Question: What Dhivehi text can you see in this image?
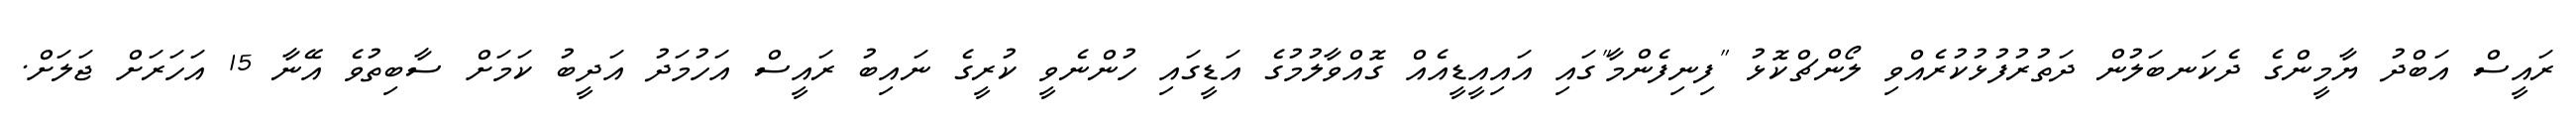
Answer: ރައީސް އަބްދު ޔާމީންގެ ދެކަނބަލުން ދަތުރުފުޅުކުރެއްވި ލޯންޗްކޮޅު "ފިނިފެންމާ"ގައި އައިއީޑީއެއް ގޮއްވާލުމުގެ އަޑީގައި ހުންނެވީ ކުރީގެ ނައިބު ރައީސް އަހުމަދު އަދީބު ކަމަށް ސާބިތުވެ އޭނާ 15 އަހަރަށް ޖަލަށް.